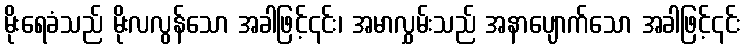
မိုးရေခံသည် မိုးလလွန်သော အခါဖြင့်၎င်း၊ အမာလွှမ်းသည် အနာပျောက်သော အခါဖြင့်၎င်း